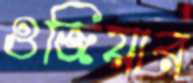
ওজিয়ার